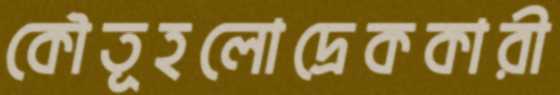
কৌতূহলোদ্রেককারী